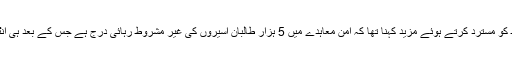
ترجمان سہیل شاہین کا افغان صدر کی شرائط کو مسترد کرتے ہوئے مزید کہنا تھا کہ امن معاہدے میں 5 ہزار طالبان اسیروں کی غیر مشروط رہائی درج ہے جس کے بعد ہی انٹرا افغان مذاکرات کا انعقاد ممکن ہوسکے گا۔